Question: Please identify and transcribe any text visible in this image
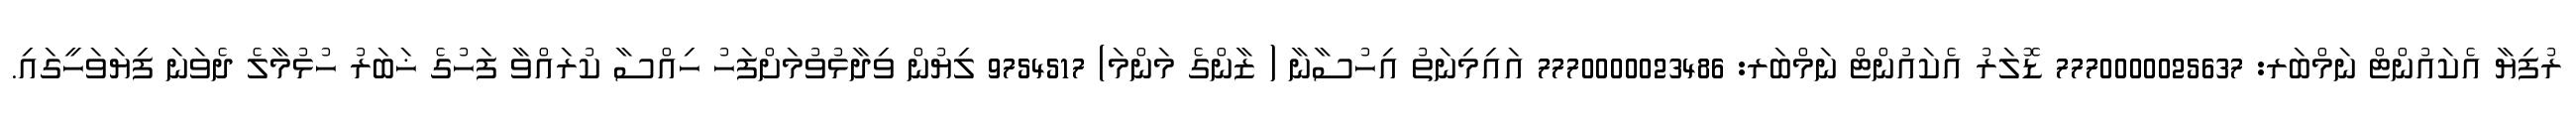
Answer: ރުފިޔާ އެކައުންޓް ނަމްބަރ: 7770000025637 ޑޮލަރު އެކައުންޓް ނަމްބަރ: 7770000023486 އައިމިނަތު އިހުސާނާ ( ޒާންގެ މަންމަ) 9754517 ލިޔުން ވިދާޅުވުމަށްފަހު ހިއްސާ ކުރައްވާ ފަހުގެ ޚަބަރު ހުޅުމާލެ ދެވަނަ ފިޔަވަހީގައި.